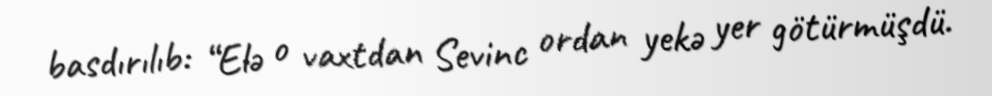
basdırılıb: “Elə o vaxtdan Sevinc ordan yekə yer götürmüşdü.